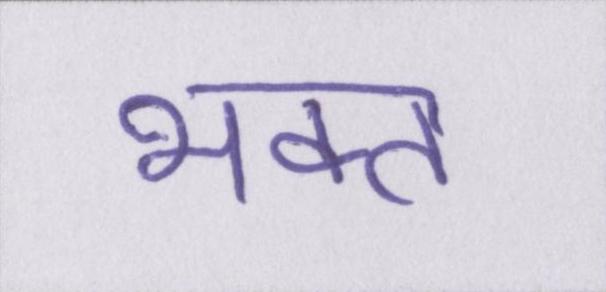
भक्त